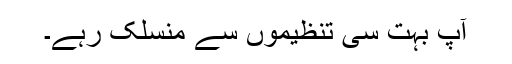
آپ بہت سی تنظیموں سے منسلک رہے۔